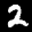
Label: 2